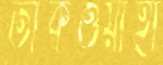
তাকওয়াহা